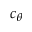
c _ { \theta }